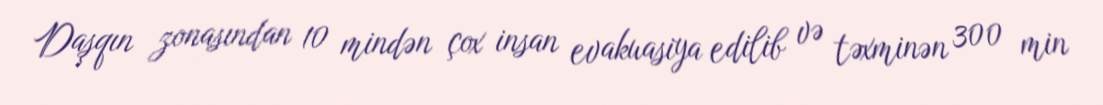
Daşqın zonasından 10 mindən çox insan evakuasiya edilib və təxminən 300 min